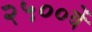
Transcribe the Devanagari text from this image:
२५००वें